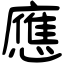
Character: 應